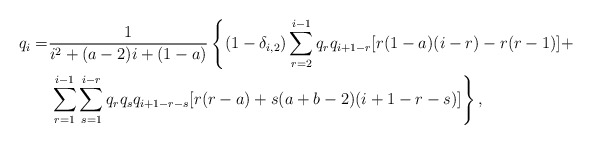
\begin{align*}q_{i}=&\frac{1}{i^{2} + (a-2)i + (1-a)}\left\{(1-\delta_{i,2})\sum_{r=2}^{i-1}q_{r}q_{i+1-r}[r(1-a)(i-r)-r(r-1)]+\right.\\&\left.\sum_{r=1}^{i-1}\sum_{s=1}^{i-r}q_{r}q_{s}q_{i+1-r-s}[r(r-a)+s(a+b-2)(i+1-r-s)]\right\},\end{align*}